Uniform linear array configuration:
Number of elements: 4
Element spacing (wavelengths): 0.75
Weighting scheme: cosine
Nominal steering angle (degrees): -45
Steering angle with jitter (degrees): -45.772
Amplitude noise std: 0.05
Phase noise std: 0.05

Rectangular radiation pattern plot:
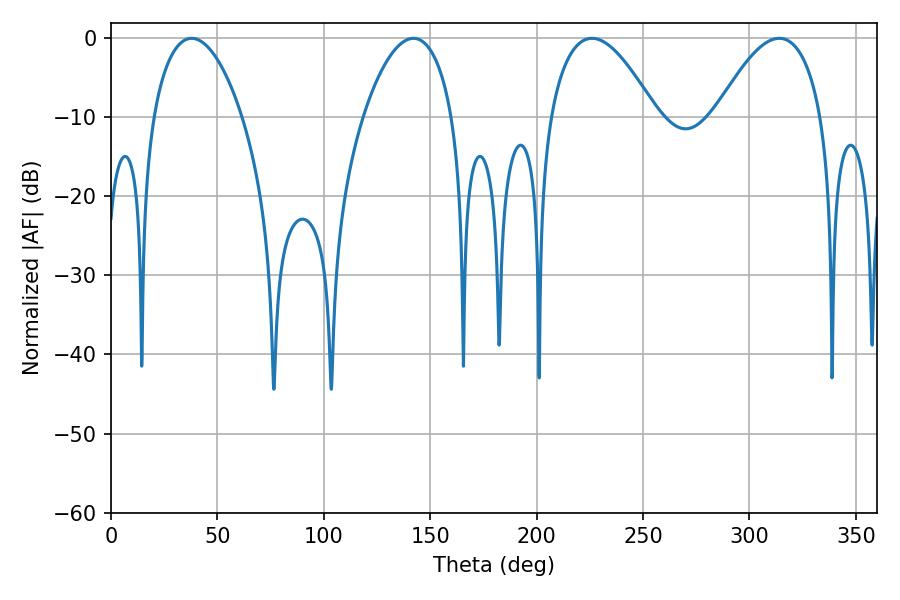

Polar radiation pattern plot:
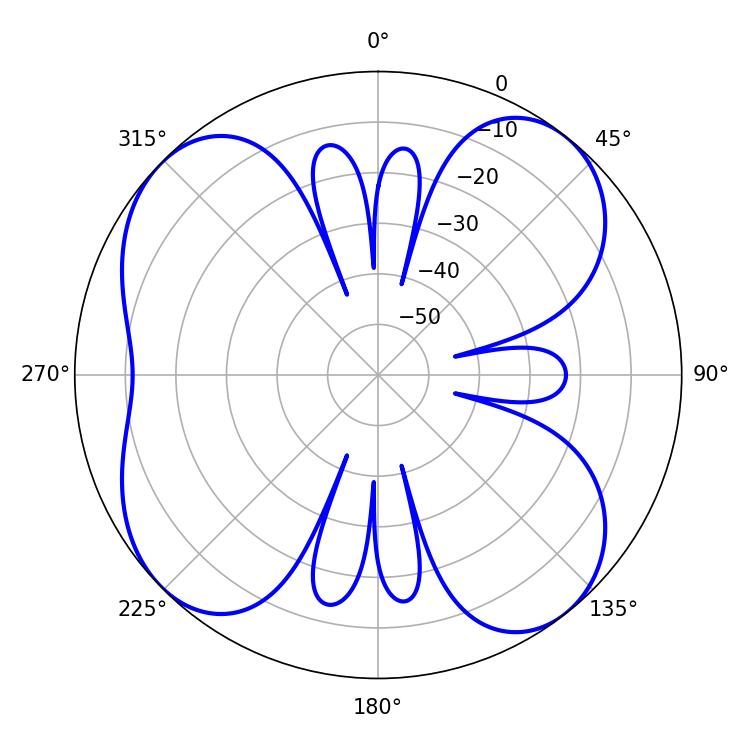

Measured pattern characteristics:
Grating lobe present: TRUE
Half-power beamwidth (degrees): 27.36
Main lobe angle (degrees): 226.08